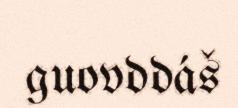
guovddáš